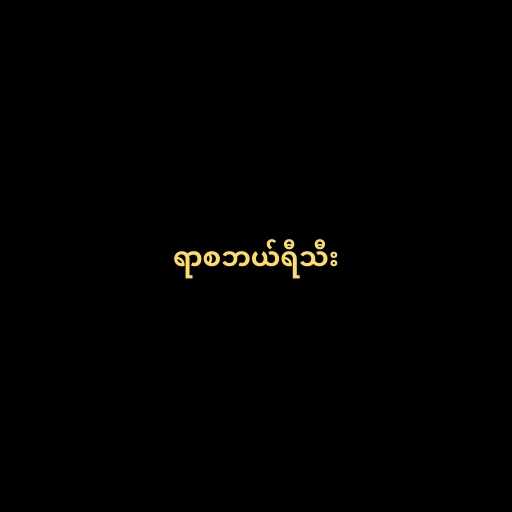
ရာစဘယ်ရီသီး